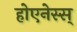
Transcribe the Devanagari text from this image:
होएनेस्स्